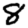
Digit: 8